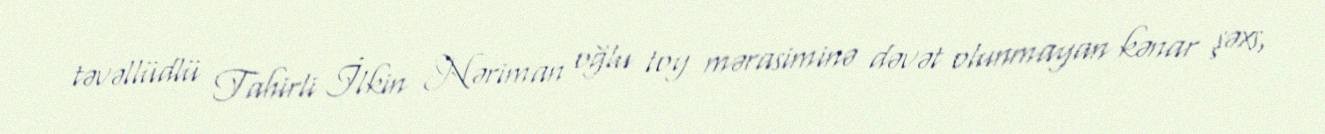
təvəllüdlü Tahirli İlkin Nəriman oğlu toy mərasiminə dəvət olunmayan kənar şəxs,